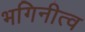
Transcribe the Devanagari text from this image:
भगिनीत्व